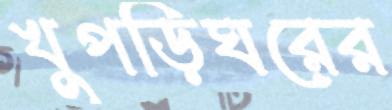
খুপড়িঘরের